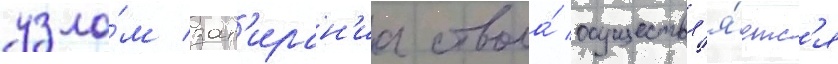
узло́м зап'иран'иа ствола́ осуществл'я́етс'я